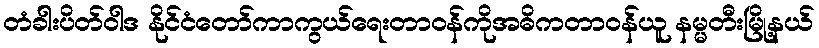
တံခါးပိတ်ဝါဒ နိုင်ငံတော်ကာကွယ်ရေးတာဝန်ကိုအဓိကတာဝန်ယူ နမ္မတီးမြို့နယ်